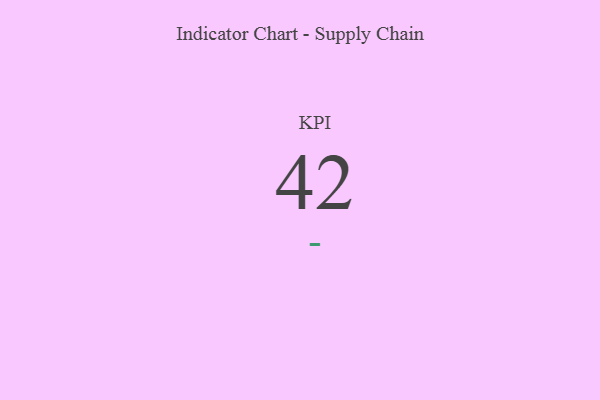
{"axis": {"x": "KPI", "y": "Value"}, "legend": [""], "data": [{"x": "KPI", "y": 42, "type": ""}]}